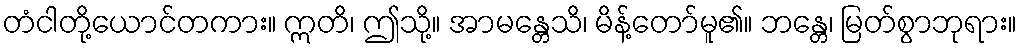
တံငါတို့ယောင်တကား။ ဣတိ၊ ဤသို့။ အာမန္တေသိ၊ မိန့်တော်မူ၏။ ဘန္တေ၊ မြတ်စွာဘုရား။